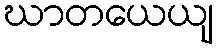
ဃာတယေယျ